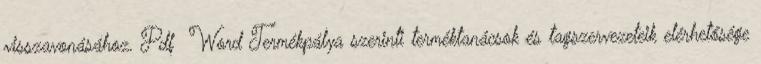
visszavonásához. Pdf Word Termékpálya szerinti terméktanácsok és tagszervezeteik elérhetősége